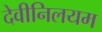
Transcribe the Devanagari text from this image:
देवीनिलयम